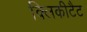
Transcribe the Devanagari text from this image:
क्लिकीटैट